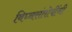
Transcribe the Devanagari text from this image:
विघ्नसंतोषींनी